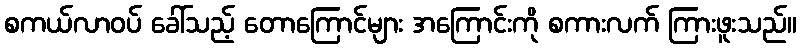
စကယ်လာဝပ် ခေါ်သည့် တောကြောင်များ အကြောင်းကို စကားလက် ကြားဖူးသည်။